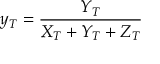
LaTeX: y _ { T } = { \frac { Y _ { T } } { X _ { T } + Y _ { T } + Z _ { T } } }